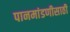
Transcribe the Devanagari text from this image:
पानमांडणीसाठी